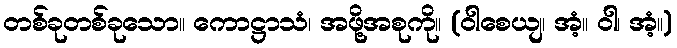
တစ်ခုတစ်ခုသော။ ကောဋ္ဌာသံ၊ အဖို့အစုကို။ (ဝါစေယျ၊ အံ့။ ဝါ၊ အံ့။)